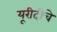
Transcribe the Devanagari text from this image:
यूरीदीचे